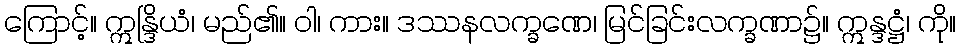
ကြောင့်။ ဣန္ဒြိယံ၊ မည်၏။ ဝါ၊ ကား။ ဒဿနလက္ခဏေ၊ မြင်ခြင်းလက္ခဏာ၌။ ဣန္ဒဋ္ဌံ၊ ကို။